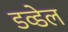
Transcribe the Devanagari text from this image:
डव्डेल